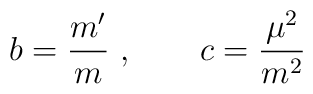
b=\frac{m'}{m} \ ,\quad\quad c=\frac{\mu^2}{m^2}